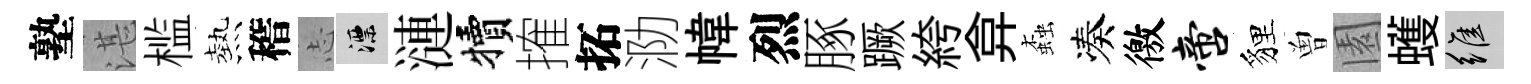
塾湛槛熱稽𢖽漂漣犢搉拓泐幃烈䐁蹶絝弇螙凑徼啻貍曽園蠖維